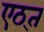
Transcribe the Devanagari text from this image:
एठ्त